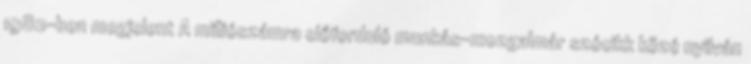
1982-ben megjelent A milliószámra előforduló munkás-mozgalmár szócikk közé nyilván